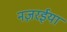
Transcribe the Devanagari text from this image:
नज़रईया